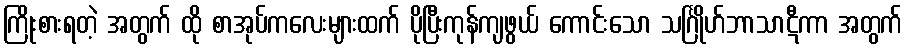
ကြိုးစားရတဲ့ အတွက် ထို စာအုပ်ကလေးများထက် ပိုပြီးကုန်ကျဖွယ် ကောင်းသော သင်္ဂြိုဟ်ဘာသာဋီကာ အတွက်